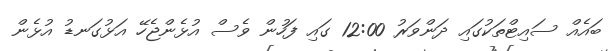
ބައެއް ސައިޓްތަކުގައި ދަންވަރު 12:00 ގައި ފަހުން ވެސް އުޅެންޖެހޭ އަޅުގަނޑު އުޅެން